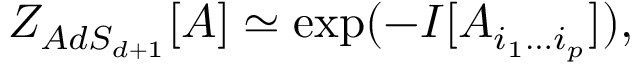
{ \cal Z } _ { A d S _ { d + 1 } } [ { \cal A } ] \simeq \exp ( - I [ A _ { i _ { 1 } \ldots i _ { p } } ] ) ,